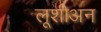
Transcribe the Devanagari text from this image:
लूशीअन